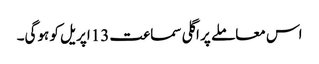
اس معاملے پر اگلی سماعت 13اپریل کو ہوگی۔